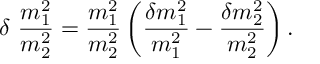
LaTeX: \delta \ \frac { m _ { 1 } ^ { 2 } } { m _ { 2 } ^ { 2 } } = \frac { m _ { 1 } ^ { 2 } } { m _ { 2 } ^ { 2 } } \left( \frac { \delta m _ { 1 } ^ { 2 } } { m _ { 1 } ^ { 2 } } - \frac { \delta m _ { 2 } ^ { 2 } } { m _ { 2 } ^ { 2 } } \right) .